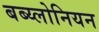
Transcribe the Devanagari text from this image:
बब्य्लोनियन